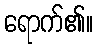
ရောက်၏။